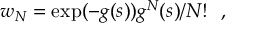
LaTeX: w _ { N } = \exp ( - g ( s ) ) g ^ { N } ( s ) / { N ! } \ \ ,